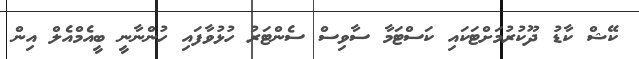
ކޭޝް ކާޑު ދޫކުރުމަށްޓަކައި ކަަސްޓަމާ ސާވިސް ސެންޓަރު ހުޅުވާފައި ހުންނާނީ ބީއެމްއެލް އިން